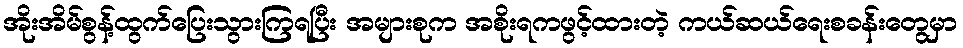
အိုးအိမ်စွန့်ထွက်ပြေးသွားကြရပြီး အများစုက အစိုးရကဖွင့်ထားတဲ့ ကယ်ဆယ်ရေးစခန်းတွေမှာ